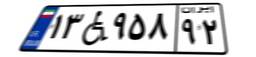
۱۳W۹۵۸۹۲